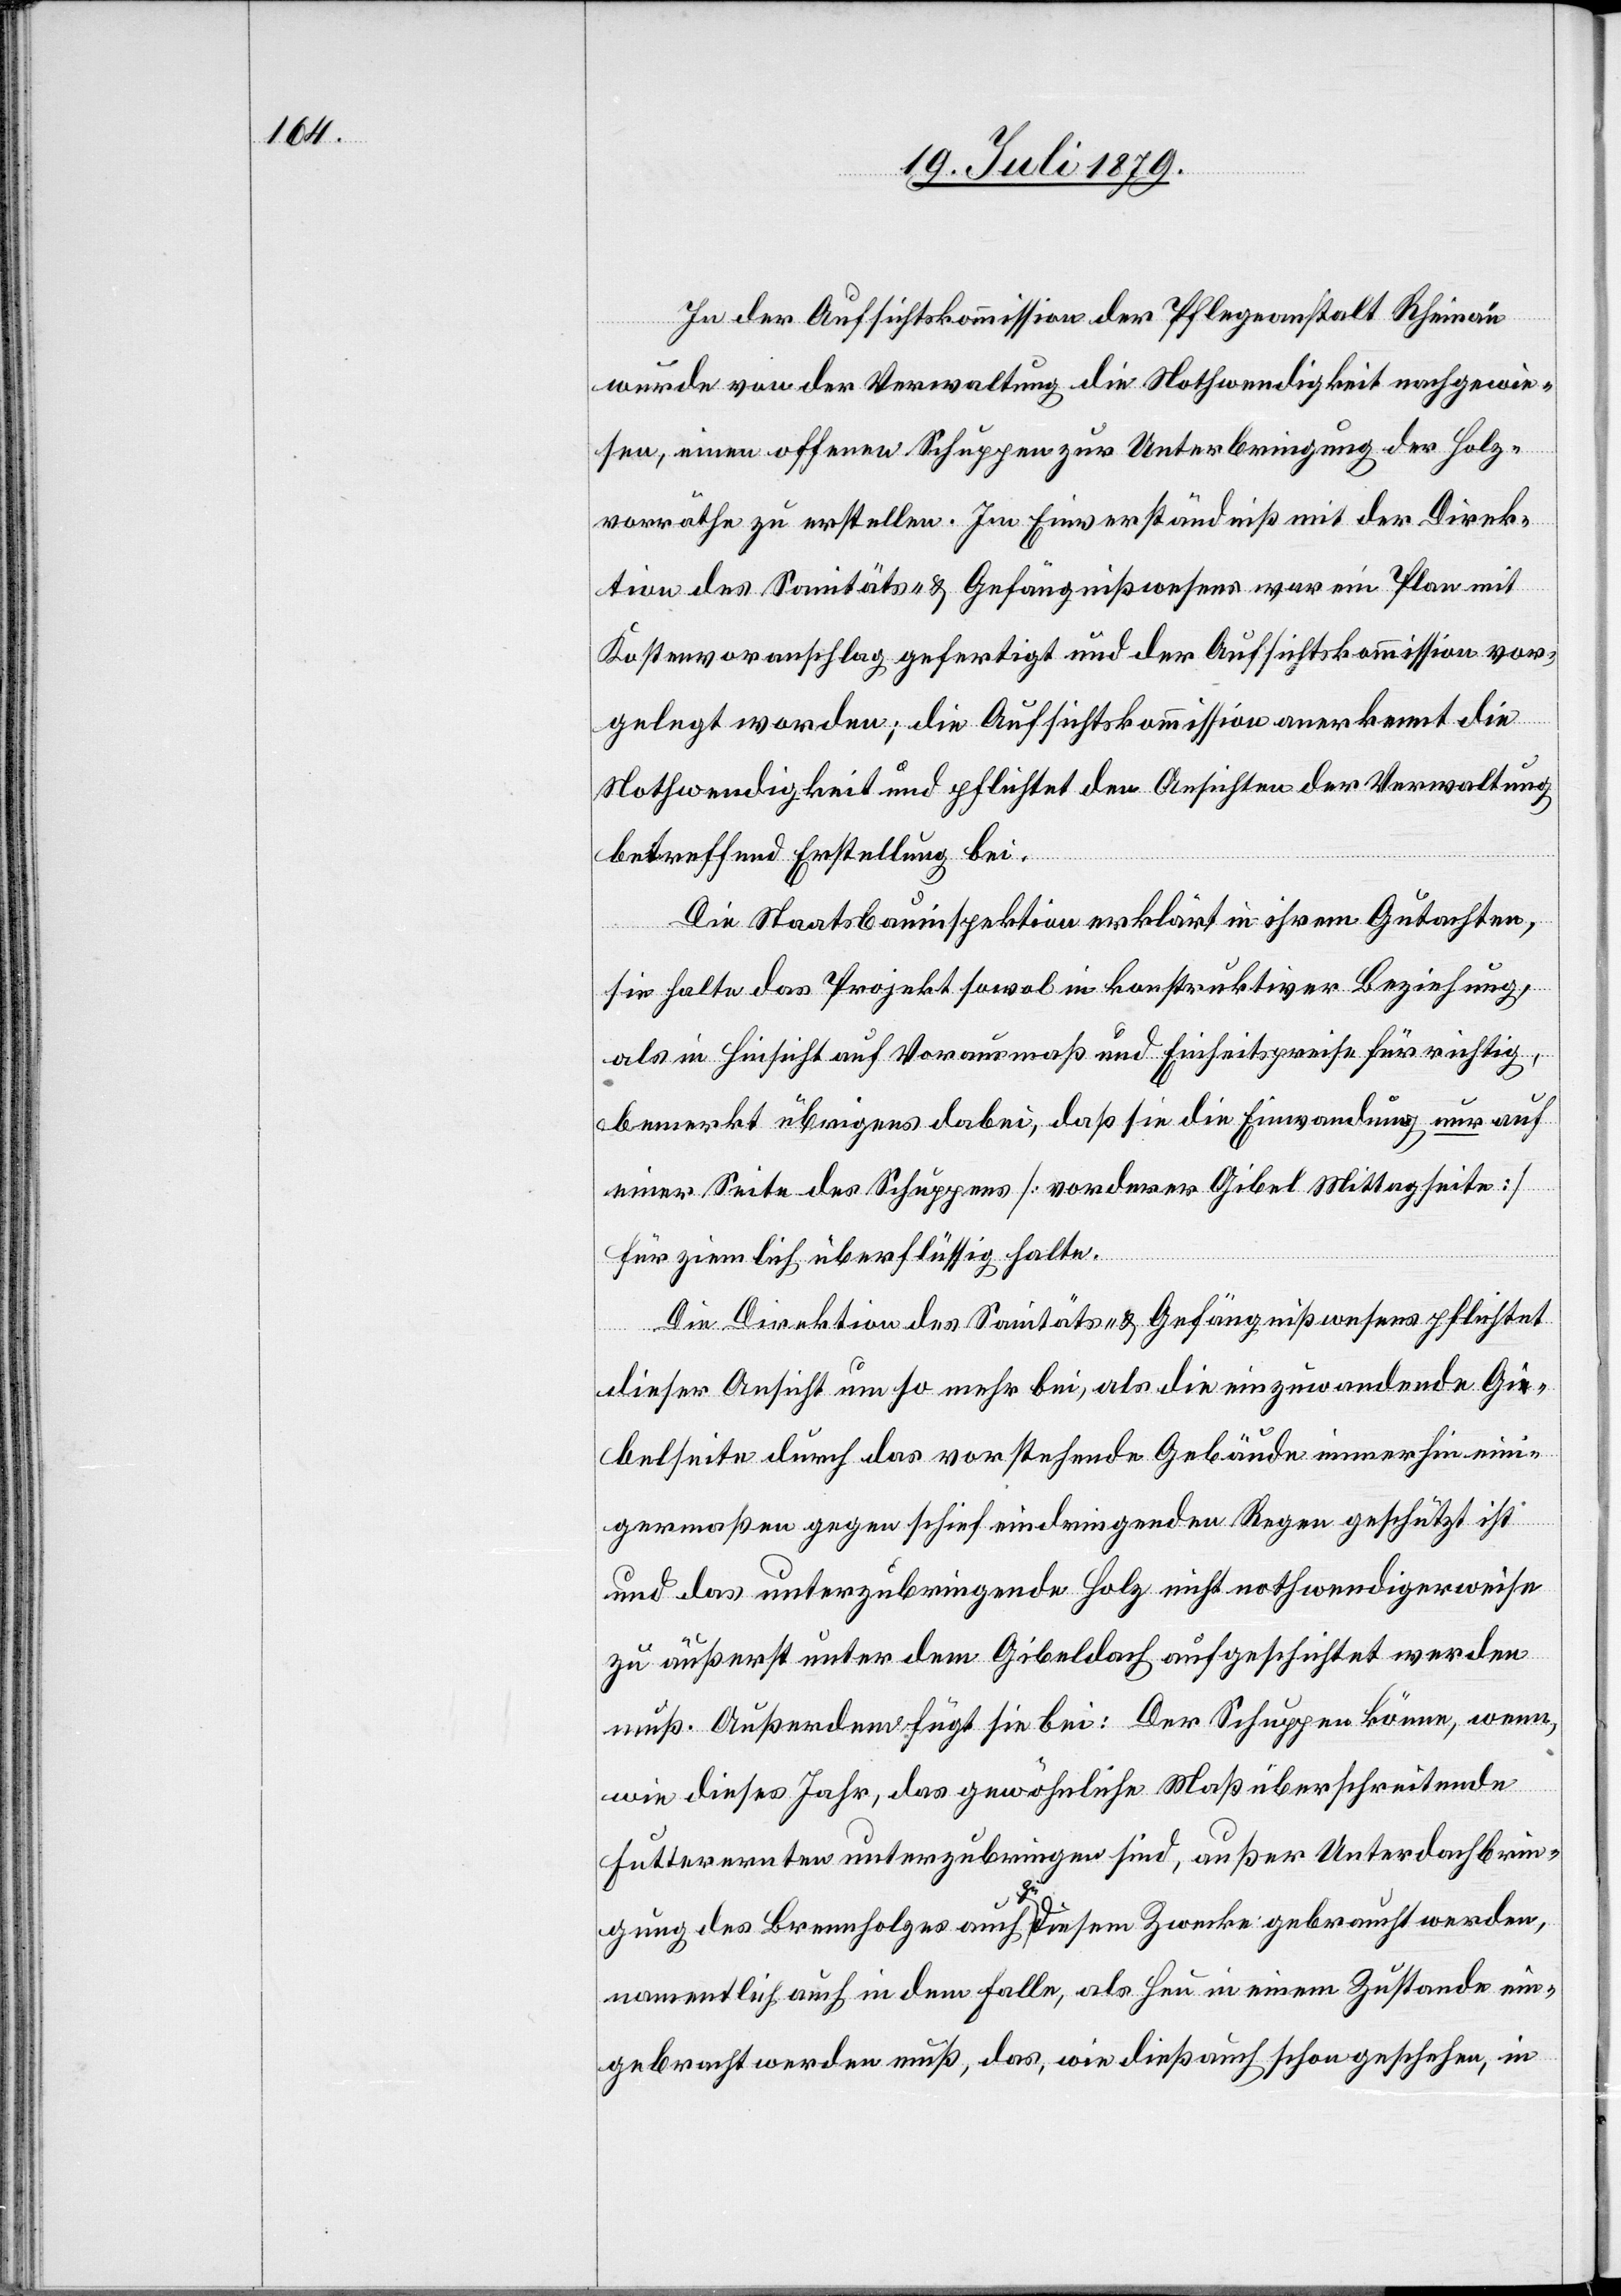
In der Aufsichtskommission der Pflegeanstalt Rheinau
wurde von der Verwaltung die Nothwendigkeit nachgewie¬
sen, einen offenen Schuppen zur Unterbringung der Holz¬
vorräthe zu erstellen. Im Einverständniß mit der Direk¬
tion des Sanitäts- & Gefängnißwesens war ein Plan mit
Kostenvoranschlag gefertigt und der Aufsichtskommission vor¬
gelegt worden; die Aufsichtskommission anerkennt die
Nothwendigkeit und pflichtet den Ansichten der Verwaltung
betreffend Erstellung bei.
Die Staatsbauinspektion erklärt in ihrem Gutachten,
sie halte das Projekt sowol in konstruktiver Beziehung,
als in Hinsicht auf Vorausmaß und Einheitspreise für richtig,
bemerkt übrigens dabei, daß sie die Einwandung nur auf
einer Seite des Schuppens [vorderer Gibel Mittagseite]
für ziemlich überflüssig halte.
Die Direktion des Sanitäts- & Gefängnißwesens pflichtet
dieser Ansicht um so mehr bei, als die einzuwandende Gi¬
belseite durch das vorstehende Gebäude immerhin eini¬
germaßen gegen schief eindringenden Regen geschützt ist
und das unterzubringende Holz nicht nothwendigerweise
zu äußerst unter dem Gibeldach aufgeschichtet werden
muß. Außerdem fügt sie bei: Der Schuppen könne, wenn,
a-e-a¬
wie dieses Jahr, das gewöhnliche Maß überschreitende
Futterernten unterzubringen sind, außer Unterdachbrin¬
gung des Brennholzes auch zu diesem Zwecke gebraucht werden,
namentlich auch in dem Falle, als Heu in einem Zustande ein¬
gebracht werden muß, das, wie dieß auch schon geschehen, in